Report on vaccination in the Province of Bengal - 1874-1889
Year: 1874
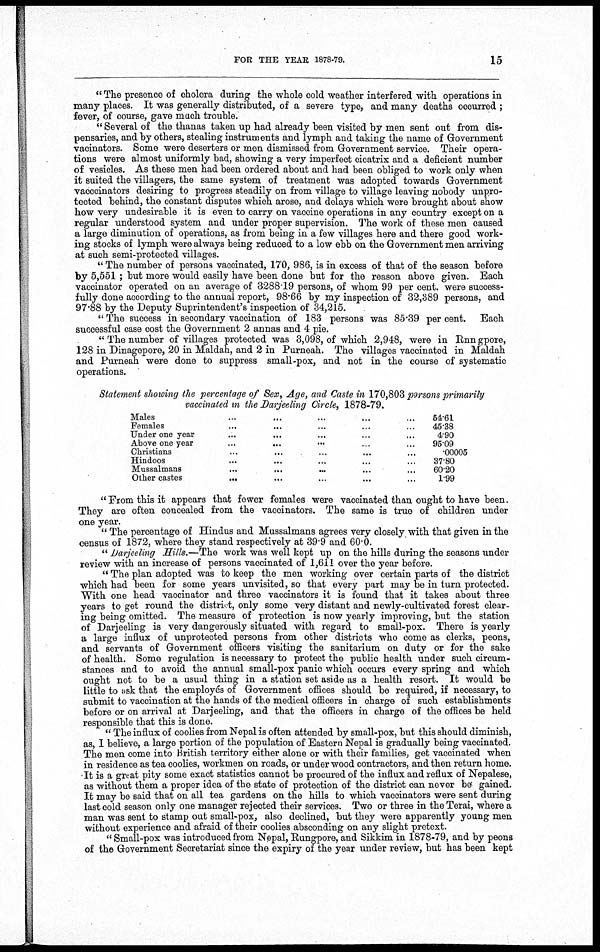
FOR THE YEAR 1878-79.
15
" The presence of cholera during the whole cold weather interfered with operations in
many places. It was generally distributed, of a severe type, and many deaths occurred ;
fever, of course, gave much trouble.
" Several of the thanas taken up had already been visited by men sent out from dis-
pensaries, and by others, stealing instruments and lymph and taking the name of Government
vacinators. Some were deserters or men dismissed from Government service. Their opera-
tions were almost uniformly bad, showing a very imperfect cicatrix and a deficient number
of vesicles. As these men had been ordered about and had been obliged to work only when
it suited the villagers, the same system of treatment was adopted towards Government
vacccinators desiring to progress steadily on from village to village leaving nobody unpro-
tected behind, the constant disputes which arose, and delays which were brought about show
how very undesirable it is even to carry on vaccine operations in any country except on a
regular understood system and under proper supervision. The work of these men caused
a large diminution of operations, as from being in a few villages here and there good work-
ing stocks of lymph were always being reduced to a low ebb on the Government men arriving
at such semi-protected villages.
" The number of persons vaccinated, 170, 986, is in excess of that of the season before
by 5,551 ; but more would easily have been done but for the reason above given. Each
vaccinator operated on an average of 3288.19 persons, of whom 99 per cent. were success-
fully done according to the annual report, 98.66 by my inspection of 32,389 persons, and
97.88 by the Deputy Suprintendent's inspection of 34,215.
" The success in secondary vaccination of 183 persons was 85.39 per cent. Each
successful case cost the Government 2 annas and 4 pie.
"The number of villages protected was 3,098, of which 2,948, were in Rnngpore,
128 in Dinagepore, 20 in Maldah, and 2 in Purneah. The villages vaccinated in Maldah
and Purneah were done to suppress small-pox, and not in the course of systematic
operations.
Statement showing the percentage of Sex, Age, and Caste in 170,803 parsons primarily
vaccinated in the Darjeeling Circle, 1878-79.
Males ... ... ... ... ...
Females ... ... ... ... ...
Under one year ... ... ... ... ...
Above one year ... ... ... ... ...
Christians ... ... ... ... ...
Hindoos ... ... ... ... ...
Mussalmans ... ... ... ... ...
Other castes ... ... ... ... ...
64.61
45.38
4.90
95.09
.00005
37.80
60.20
1.99
"From this it appears that fewer females were vaccinated than ought to have been.
They are often concealed from the vaccinators. The same is true of children under
one year.
" The percentage of Hindus and Mussalmans agrees very closely with that given in the
census of 1872, where they stand respectively at 39.9 and 60.0.
" Darjeeling Hills.—The work was well kept up on the hills during the seasons under
review with an increase of persons vaccinated of 1,611 over the year before.
" The plan adopted was to keep the men working over certain parts of the district
which had been for some years unvisited, so that every part may be in turn protected.
With one head vaccinator and three vaccinators it is found that it takes about three
years to get round the district, only some very distant and newly-cultivated forest clear-
ing being omitted. The measure of protection is now yearly improving, but the station
of Darjeeling is very dangerously situated with regard to small-pox. There is yearly
a large influx of unprotected persons from other districts who come as clerks, peons,
and servants of Government officers visiting the sanitarium on duty or for the sake
of health. Some regulation is necessary to protect the public health under such circum-
stances and to avoid the annual small-pox panic which occurs every spring and which
ought not to be a usual thing in a station set aside as a health resort. It would be
little to ask that the employés of Government offices should be required, if necessary, to
submit to vaccination at the hands of the medical officers in charge of such establishments
before or on arrival at Darjeeling, and that the officers in charge of the offices be held
responsible that this is done.
" The influx of coolies from Nepal is often attended by small-pox, but this should diminish,
as, I believe, a large portion of the population of Eastern Nepal is gradually being vaccinated.
The men come into British territory either alone or with their families, get vaccinated when
in residence as tea coolies, workmen on roads, or under wood contractors, and then return home.
It is a great pity some exact statistics cannot be procured of the influx and reflux of Nepalese,
as without them a proper idea of the state of protection of the district can never be gained.
It may be said that on all tea gardens on the hills to which vaccinators were sent during
last cold season only one manager rejected their services. Two or three in the Terai, where a
man was sent to stamp out small-pox, also declined, but they were apparently young men
without experience and afraid of their coolies absconding on any slight pretext.
" Small-pox was introduced from Nepal, Rungpore, and Sikkim in 1878-79, and by peons
of the Government Secretariat since the expiry of the year under review, but has been kept